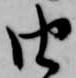
由